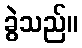
ခွဲသည်။